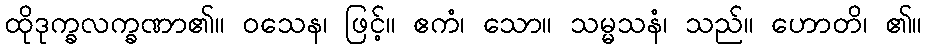
ထိုဒုက္ခလက္ခဏာ၏။ ဝသေန၊ ဖြင့်။ ဧကံ၊ သော။ သမ္မသနံ၊ သည်။ ဟောတိ၊ ၏။